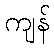
ကျန်